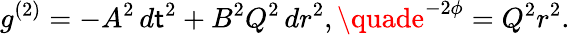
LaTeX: g^{(2)}=-A^{2}\, d\mathsf{t}^{2}+B^{2}Q^{2}\, dr^{2},\quade^{-2\phi}=Q^{2}r^{2}.